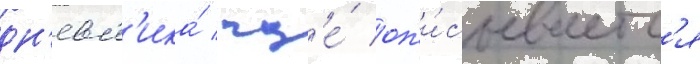
дн'евн'ика́ / гд'е́ оп'и́сываетс'я